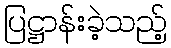
ပြဋ္ဌာန်းခဲ့သည့်